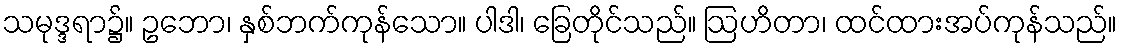
သမုဒ္ဒရာ၌။ ဥဘော၊ နှစ်ဘက်ကုန်သော။ ပါဒါ၊ ခြေတိုင်သည်။ ဩဟိတာ၊ ထင်ထားအပ်ကုန်သည်။